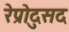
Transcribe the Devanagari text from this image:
रेप्रोदुसद